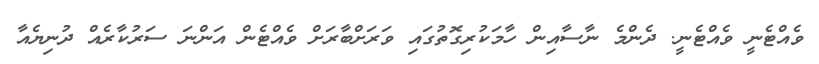
ވެއްޓެނީ ވެއްޓެނީ. ދެންމެ ނާސާއިން ހާމަކުރިގޮތުގައި ވަރަަށްބާރަށް ވެއްޓެން އަންނަ ސަރުކާރެއް ދުނިޔެއާ